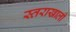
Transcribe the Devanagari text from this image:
स्तराखाली